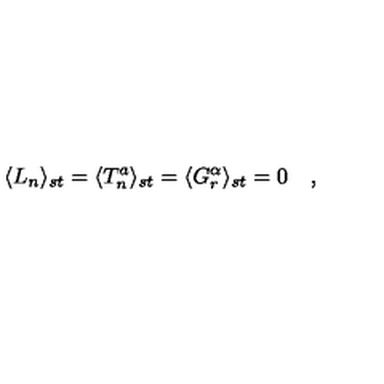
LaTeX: \langle L _ { n } \rangle _ { s t } = \langle T _ { n } ^ { a } \rangle _ { s t } = \langle G _ { r } ^ { \alpha } \rangle _ { s t } = 0 \quad ,